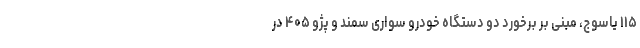
۱۱۵ یاسوج، مبنی بر برخورد دو دستگاه خودرو سواری سمند و پژو ۴۰۵ در